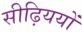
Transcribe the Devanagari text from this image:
सीढ़िययों